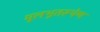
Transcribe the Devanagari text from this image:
मूलभूतरूपेण